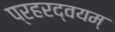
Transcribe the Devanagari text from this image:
प्रहरद्वयम्